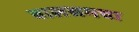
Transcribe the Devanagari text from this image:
बालसमचा